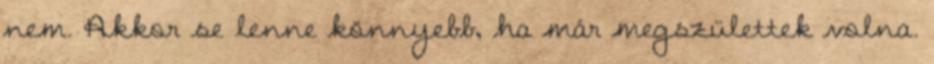
nem. Akkor se lenne könnyebb, ha már megszülettek volna.